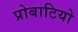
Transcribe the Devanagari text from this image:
प्रोबाटियो